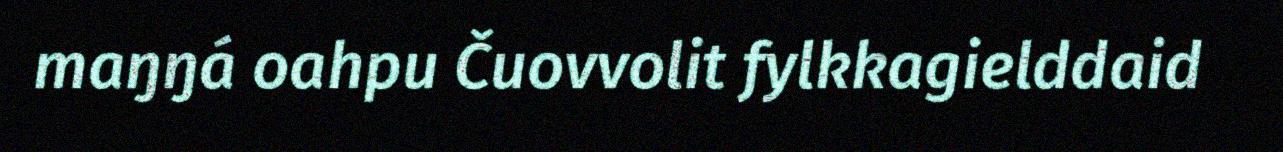
maŋŋá oahpu Čuovvolit fylkkagielddaid